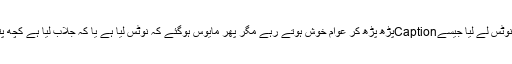
وزیراعظم نے نوٹس لے لیا جیسےCaptionپڑھ پڑھ کر عوام خوش ہوتے رہے مگر پھر مایوس ہوگئے کہ نوٹس لیا ہے یا کہ جلاب لیا ہے کچھ پتہ ہی نہیں چلا ۔